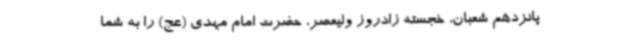
پانزدهم شعبان، خجسته زادروز ولیعصر، حضرت امام مهدی (عج) را به شما